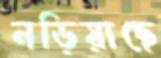
নড়িয়াছে